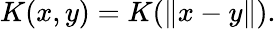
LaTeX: K(x,y)=K(\| x-y\| ).